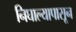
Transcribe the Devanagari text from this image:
निघाल्यापासून